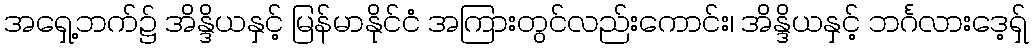
အရှေ့ဘက်၌ အိန္ဒိယနှင့် မြန်မာနိုင်ငံ အကြားတွင်လည်းကောင်း၊ အိန္ဒိယနှင့် ဘင်္ဂလားဒေ့ရှ်